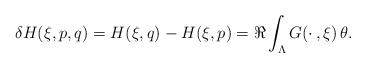
LaTeX: \begin{align*}\delta H(\xi,p,q)= H(\xi,q) - H(\xi,p)= \Re \int_{\Lambda} G(\cdotp,\xi)\,\theta.\end{align*}